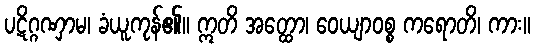
ပဋိဂ္ဂဏှာမ၊ ခံယူကုန်၏။ ဣတိ အတ္ထော၊ ဝေယျာဝစ္စ ကရောတိ၊ ကား။